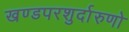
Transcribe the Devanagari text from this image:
खण्डपरशुर्दारुणो